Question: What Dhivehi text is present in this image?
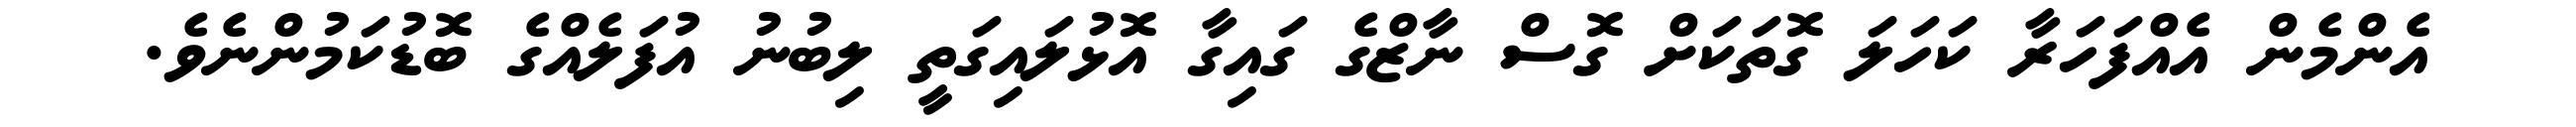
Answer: އެންމެން އެއްފަހަރާ ކަހަލަ ގޮތަކަށް ގޮސް ނާޒްގެ ގައިގާ އޮޅުލައިގަތީ ލިބުނު އުފަލެއްގެ ބޮޑުކަމުންނެވެ.